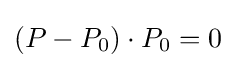
(P-P_{0})\cdot P_{0}=0